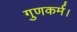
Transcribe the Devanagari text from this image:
गुणकर्म।